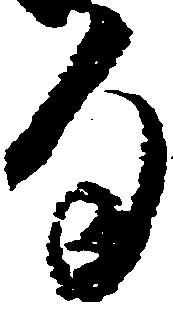
句